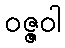
ဝဇ္ဇဝါ